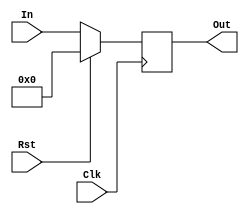
module Output_Buffer (Clk,Rst,In,Out); 
  input Clk,Rst; 
  input [15:0]In;
  output [15:0]Out; 
  reg [15:0]Out; 
 
  always @(posedge Clk) 
    begin
    if(Rst)
	  Out=16'd0; 
	  else
	  Out = In; 
    end 
	
endmodule